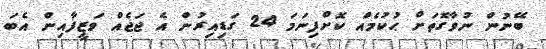
ބޭނުން ނުވާގޮތަށް ޙުކުމެއް ކޮށްފިނަމަ 24 ގަޑިއިރުން އެ ޖަޖެއް ވަޒީފާއިން އެބަ